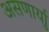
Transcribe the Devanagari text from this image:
असणार्याु